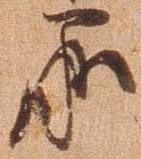
承